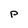
Character: P